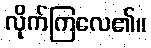
လိုက်ကြလေ၏။